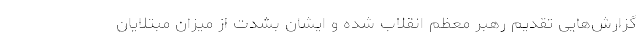
گزارش‌هایی تقدیم رهبر معظم انقلاب شده و ایشان بشدت از میزان مبتلایان